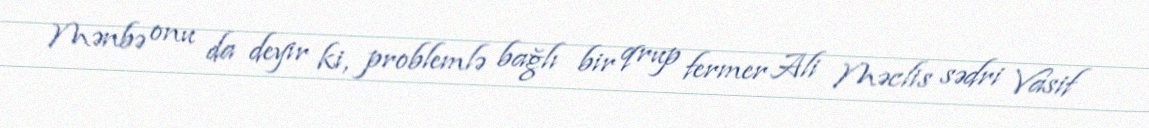
Mənbə onu da deyir ki, problemlə bağlı bir qrup fermer Ali Məclis sədri Vasif